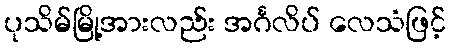
ပုသိမ်မြို့အားလည်း အင်္ဂလိပ် လေသံဖြင့်